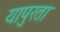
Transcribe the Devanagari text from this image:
यापुरता